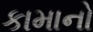
કામાનો